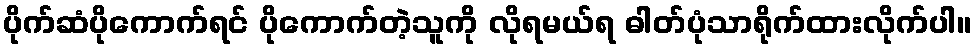
ပိုက်ဆံပိုကောက်ရင် ပိုကောက်တဲ့သူကို လိုရမယ်ရ ဓါတ်ပုံသာရိုက်ထားလိုက်ပါ။